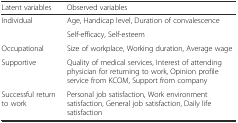
<table><thead><tr><td><b>Latent variables</b></td><td><b>Observed variables</b></td></tr></thead><tbody><tr><td rowspan="2">Individual</td><td>Age, Handicap level, Duration of convalescence</td></tr><tr><td>Self-efficacy, Self-esteem</td></tr><tr><td>Occupational</td><td>Size of workplace, Working duration, Average wage</td></tr><tr><td>Supportive</td><td>Quality of medical services, Interest of attending physician for returning to work, Opinion profile service from KCOM, Support from company</td></tr><tr><td>Successful return to work</td><td>Personal job satisfaction, Work environment satisfaction, General job satisfaction, Daily life satisfaction</td></tr></tbody></table>